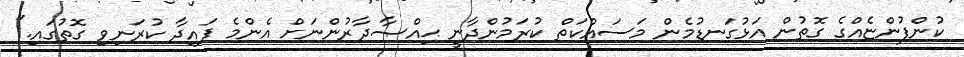
ކުންފުންޏެއްގެ ގޮތުން އަޅުގަނޑުމެން މަސައްކަތް ކުރަމުންދާނީ ޙިއްޞާދާރުންނަށް އެންމެ ފައިދާ ކުރަނިވި ގޮތުގައި."